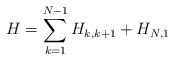
\begin{align*}H=\sum_{k=1}^{N-1}H_{k,k+1}+H_{N,1} \end{align*}